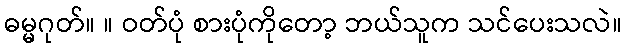
ဓမ္မဂုတ်။ ။ ဝတ်ပုံ စားပုံကိုတော့ ဘယ်သူက သင်ပေးသလဲ။